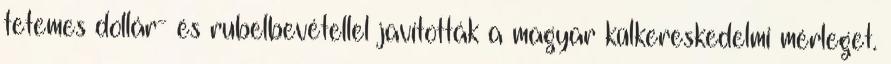
tetemes dollár- és rubelbevétellel javították a magyar külkereskedelmi mérleget.